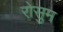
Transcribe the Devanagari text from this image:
रोसुम